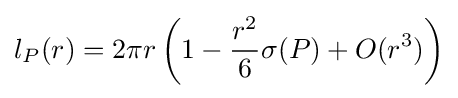
l_{P}(r)=2\pi r\left(1-{r^{2} \over 6}\sigma (P)+O(r^{3})\right)